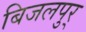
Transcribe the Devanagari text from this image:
बिजलपुर्